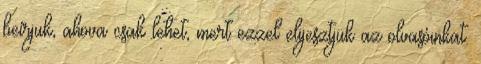
beírjuk, ahova csak lehet, mert ezzel elijesztjük az olvasóinkat.